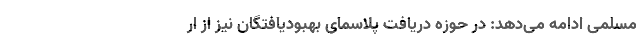
مسلمی ادامه می‌دهد: در حوزه دریافت پلاسمای بهبودیافتگان نیز از ار